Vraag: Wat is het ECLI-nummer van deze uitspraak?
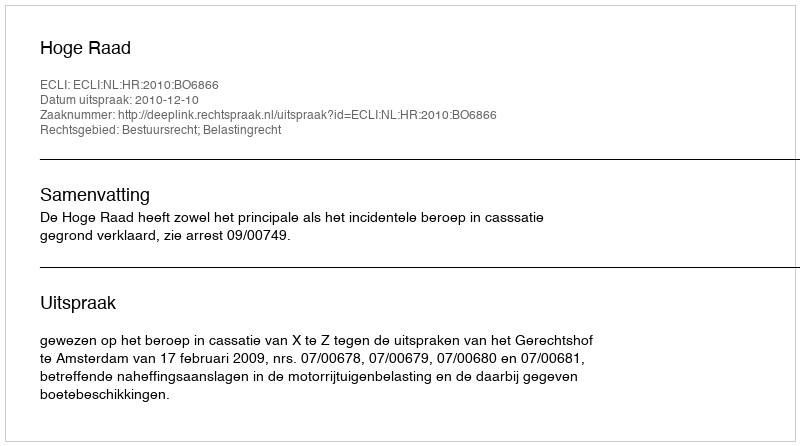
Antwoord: ECLI:NL:HR:2010:BO6866